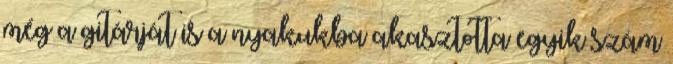
még a gitárját is a nyakukba akasztotta egyik szám